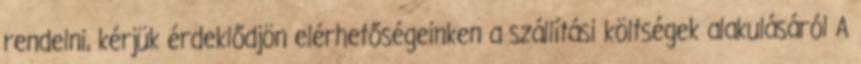
rendelni, kérjük érdeklődjön elérhetőségeinken a szállítási költségek alakulásáról A